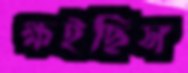
ক্ষইছিস